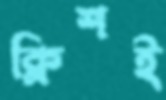
ক্লিশই